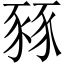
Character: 豩